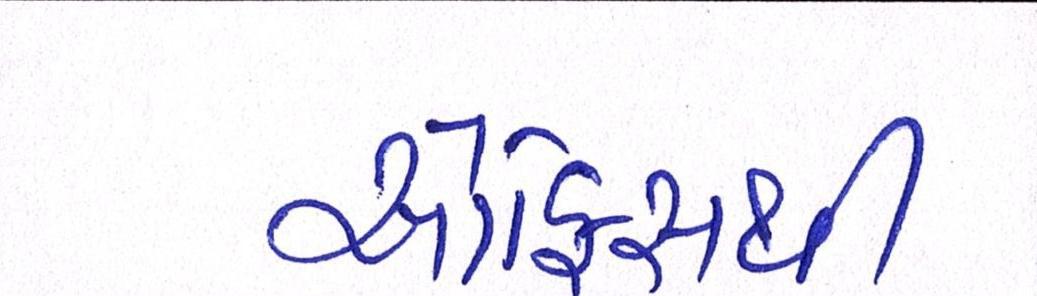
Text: ઓફિસથી